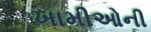
ખામીઓની